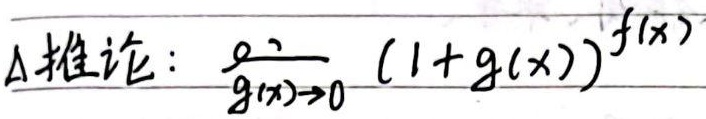
推论：\(\lim_{g(x)\to 0} (1 + g(x))^{f(x)}\)